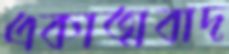
একাত্মবাদ